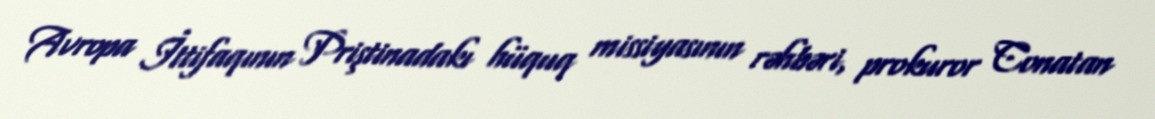
Avropa İttifaqının Priştinadakı hüquq missiyasının rəhbəri, prokuror Conatan